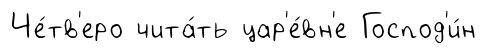
Че́тв'еро чита́ть цар'е́вн'е Господ'и́н